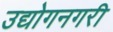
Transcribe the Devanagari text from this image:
उद्योगनगरी